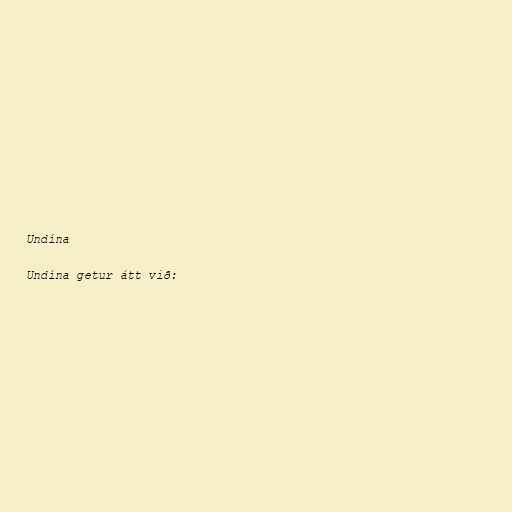
Undína

Undína getur átt við: